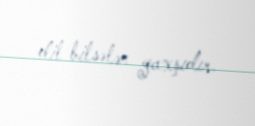
dil bilsələr yaxşıdır.